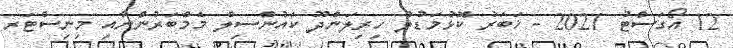
12 އޯގަސްޓު 2021 - ޚަބަރު ކޮޅުމަޑުލު ހިރިލަންދޫ ކައުންސިލް މެމްބަރުންނާއި މިނިސްޓަރ